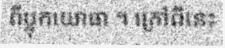
ពីប្លុកយោធា ។ ក្រៅពីនេះ